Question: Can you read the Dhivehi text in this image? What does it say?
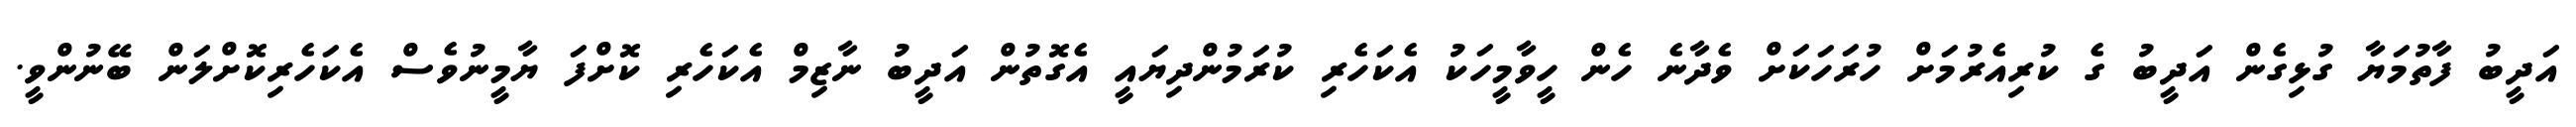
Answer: އަދީބު ފާތުމަޔާ ގުޅިގެން އަދީބު ގެ ކުރިއެރުމަށް ހުރަހަކަށް ވެދާނެ ހެން ހީވާމީހަކު އެކަހެރި ކުރަމުންދިޔައީ އެގޮތުން އަދީބު ނާޒިމް އެކަހެރި ކޮށްފަ ޔާމީނުވެސް އެކަހެރިކޮށްލަން ބޭނުންވީ.